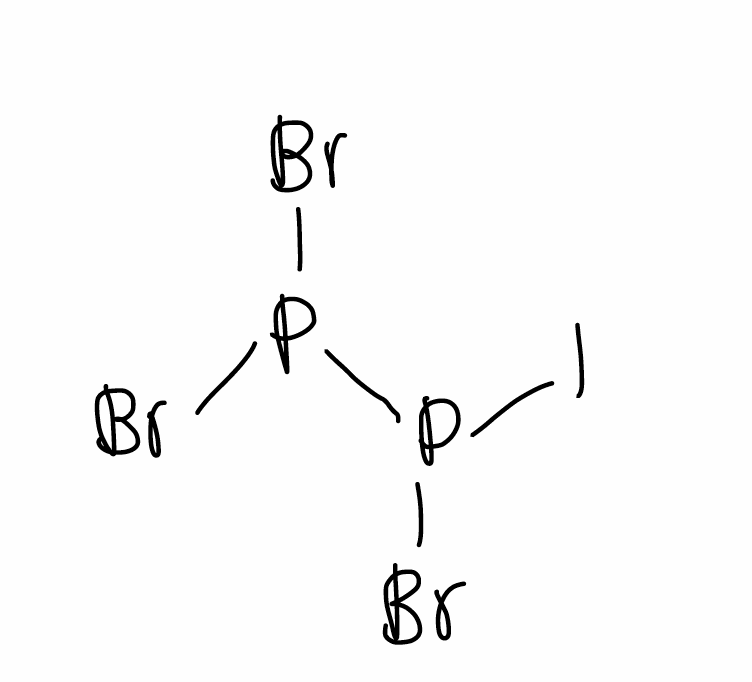
Simplified molecular-input line-entry system (SMILES) notation of the given molecule:
P(P(Br)I)(Br)Br